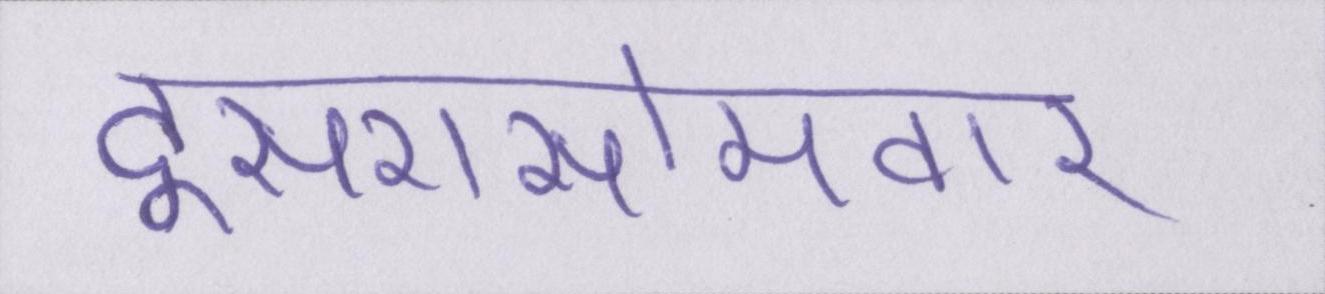
दूसरासोमवार